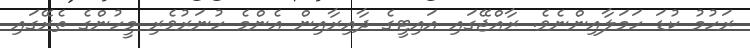
ރަހުމު ކުޑަ ހަމަލާއިންނެވެ. ރާއްޖޭގައި އައިޓީގެ ދާއިރާއިން އެންމެ ހުނަރުވެރި މީހުންގެ ތެރޭގައި